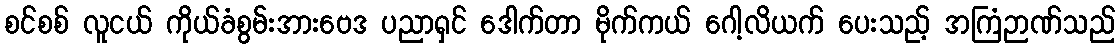
စင်စစ် လူငယ် ကိုယ်ခံစွမ်းအားဗေဒ ပညာရှင် ဒေါက်တာ မိုက်ကယ် ဂေါ့လိယက် ပေးသည့် အကြံဉာဏ်သည်